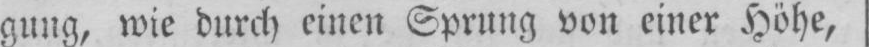
gung, wie durch einen Sprung von einer Höhe,